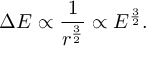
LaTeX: \Delta E \propto { \frac { 1 } { r ^ { \frac { 3 } { 2 } } } } \propto E ^ { \frac { 3 } { 2 } } .